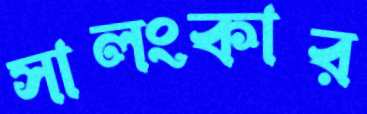
সালংকার